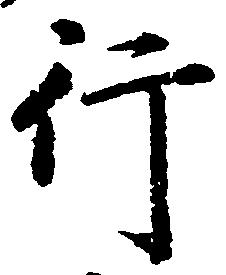
行